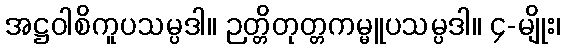
အဋ္ဌဝါစိကူပသမ္ပဒါ။ ဉတ္တိတုတ္တကမ္မူပသမ္ပဒါ။ ၄-မျိုး၊